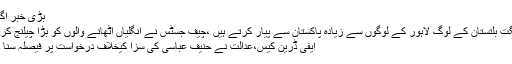
بڑی خبر آگئی
گلگت بلتستان کے لوگ لاہور کے لوگوں سے زیادہ پاکستان سے پیار کرتے ہیں ،چیف جسٹس نے انگلیاں اٹھانے والوں کو بڑا چیلنج کردیا
ایفی ڈرین کیس،عدالت نے حنیف عباسی کی سزا کیخلاف درخواست پر فیصلہ سنا دیا